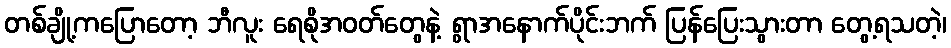
တစ်ချို့ကပြောတော့ ဘီလူး ရေစိုအဝတ်တွေနဲ့ ရွာအနောက်ပိုင်းဘက် ပြန်ပြေးသွားတာ တွေ့ရသတဲ့၊